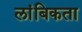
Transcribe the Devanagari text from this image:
लांबिकता